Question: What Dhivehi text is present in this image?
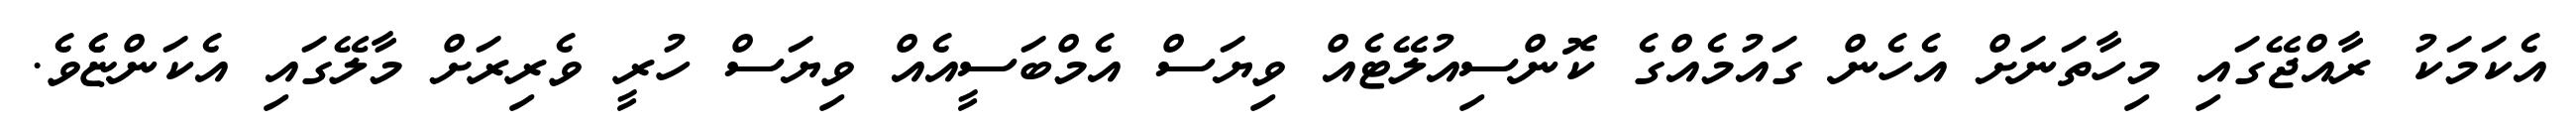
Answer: އެކަމަކު ރާއްޖޭގައި މިހާތަނަށް އެހެން ގައުމެއްގެ ކޮންސިއުލޭޓެއް ވިޔަސް އެމްބަސީއެއް ވިޔަސް ހުރީ ވެރިރަށް މާލޭގައި އެކަންޏެެވެ.